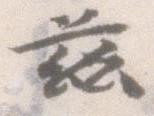
茲